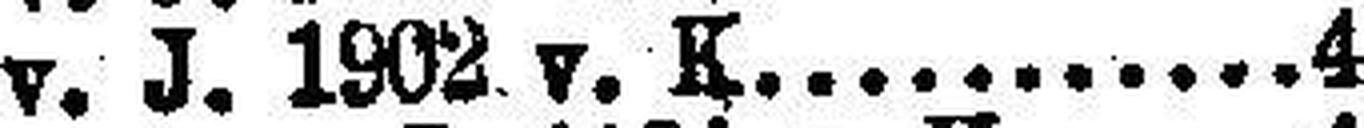
Graz v. J. 1902 v. K. 4